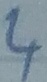
Text: 4